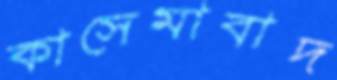
কাসেমাবাদ